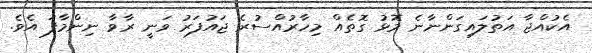
އެކުއްޖާ އަތުލައިގަންނާނެ މޮޅު ގޮތެއް މިހާރުއްސުރެ ޖައުފަރު ވަނީ ރާވާ ނިންމާފަ އެވެ.